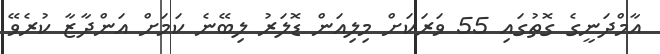
އާމްދަނީގެ ގޮތުގައި 55 ވަރަކަށް މިލިއަން ޑޮލަރު ލިބޭނެ ކަމަށް އަންދާޒާ ކުރެވޭ